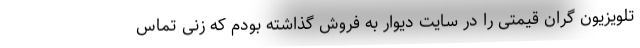
تلویزیون گران قیمتی را در سایت دیوار به فروش گذاشته بودم که زنی تماس